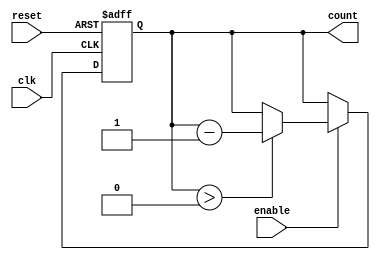
module down_counter (
    input wire clk,          // Clock signal
    input wire enable,       // Enable signal
    input wire reset,        // Asynchronous reset signal
    output reg [N-1:0] count // Current value of the counter
);

parameter MAX_VALUE = 15; // Maximum value for the counter
localparam N = $clog2(MAX_VALUE + 1); // Number of bits required for the counter

// Asynchronous reset and counting logic
always @(posedge clk or posedge reset) begin
    if (reset) begin
        count <= MAX_VALUE; // Reset to maximum value
    end else if (enable) begin
        if (count > 0) begin
            count <= count - 1; // Decrement the counter
        end
        // If count is already 0, it remains 0
    end
end

endmodule